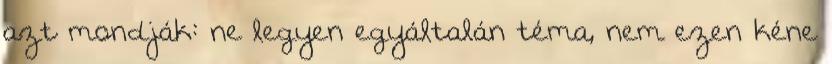
azt mondják: ne legyen egyáltalán téma, nem ezen kéne